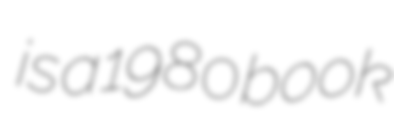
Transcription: is a 1980 book